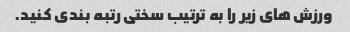
ورزش های زیر را به ترتیب سختی رتبه بندی کنید.